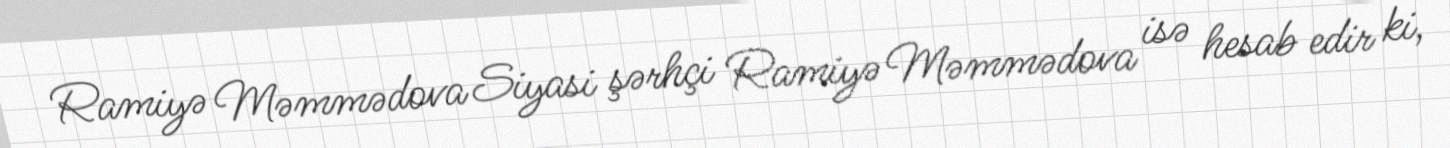
Ramiyə Məmmədova Siyasi şərhçi Ramiyə Məmmədova isə hesab edir ki,